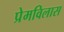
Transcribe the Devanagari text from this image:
प्रेमविलास